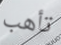
تأهب